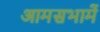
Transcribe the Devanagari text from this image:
आमसभामें